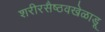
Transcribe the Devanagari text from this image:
शरीरसैष्ठवखेळाडू